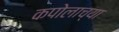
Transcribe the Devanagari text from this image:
कपोलाच्या